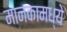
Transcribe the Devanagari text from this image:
मानकामध्ये